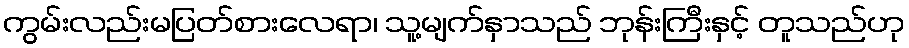
ကွမ်းလည်းမပြတ်စားလေရာ၊ သူ့မျက်နှာသည် ဘုန်းကြီးနှင့် တူသည်ဟု